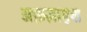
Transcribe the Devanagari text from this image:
अफ़ज़ाएश